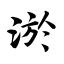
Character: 淤